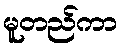
မူတည်ကာ